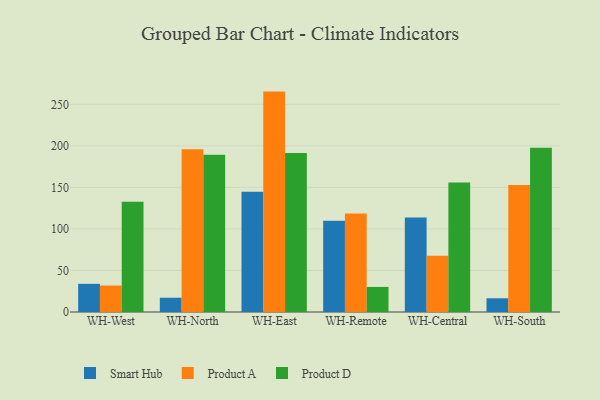
{"axis": {"x": "Warehouse", "y": "Revenue (USD Million)"}, "legend": ["Product A", "Product D", "Smart Hub"], "data": [{"x": "WH-West", "y": 33.9, "type": "Smart Hub"}, {"x": "WH-West", "y": 31.9, "type": "Product A"}, {"x": "WH-West", "y": 132.8, "type": "Product D"}, {"x": "WH-North", "y": 17.2, "type": "Smart Hub"}, {"x": "WH-North", "y": 196.0, "type": "Product A"}, {"x": "WH-North", "y": 189.2, "type": "Product D"}, {"x": "WH-East", "y": 144.8, "type": "Smart Hub"}, {"x": "WH-East", "y": 265.3, "type": "Product A"}, {"x": "WH-East", "y": 191.3, "type": "Product D"}, {"x": "WH-Remote", "y": 109.9, "type": "Smart Hub"}, {"x": "WH-Remote", "y": 118.5, "type": "Product A"}, {"x": "WH-Remote", "y": 30.2, "type": "Product D"}, {"x": "WH-Central", "y": 113.9, "type": "Smart Hub"}, {"x": "WH-Central", "y": 67.6, "type": "Product A"}, {"x": "WH-Central", "y": 155.9, "type": "Product D"}, {"x": "WH-South", "y": 16.5, "type": "Smart Hub"}, {"x": "WH-South", "y": 152.8, "type": "Product A"}, {"x": "WH-South", "y": 197.8, "type": "Product D"}]}